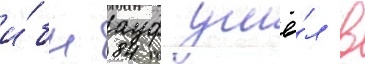
и́бн ауф ушё́л в